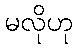
မလိုဟု